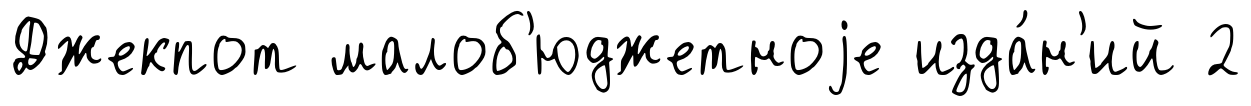
Джекпот малоб'юджетноjе изда́н'ий 2